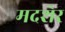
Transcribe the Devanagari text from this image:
मदशेर